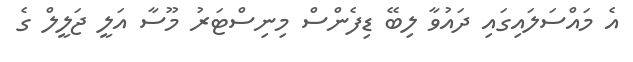
އެ މައްސަލައިގައި ދައުވާ ލިބޭ ޑިފެންސް މިނިސްޓަރު މޫސާ އަލީ ޖަލީލް ގެ